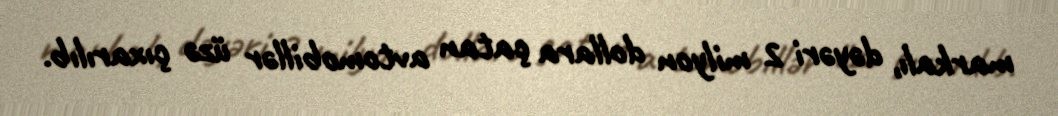
markalı, dəyəri 2 milyon dollara çatan avtomobillər üzə çıxarılıb.